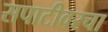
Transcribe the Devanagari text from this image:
सपाटीवरचा